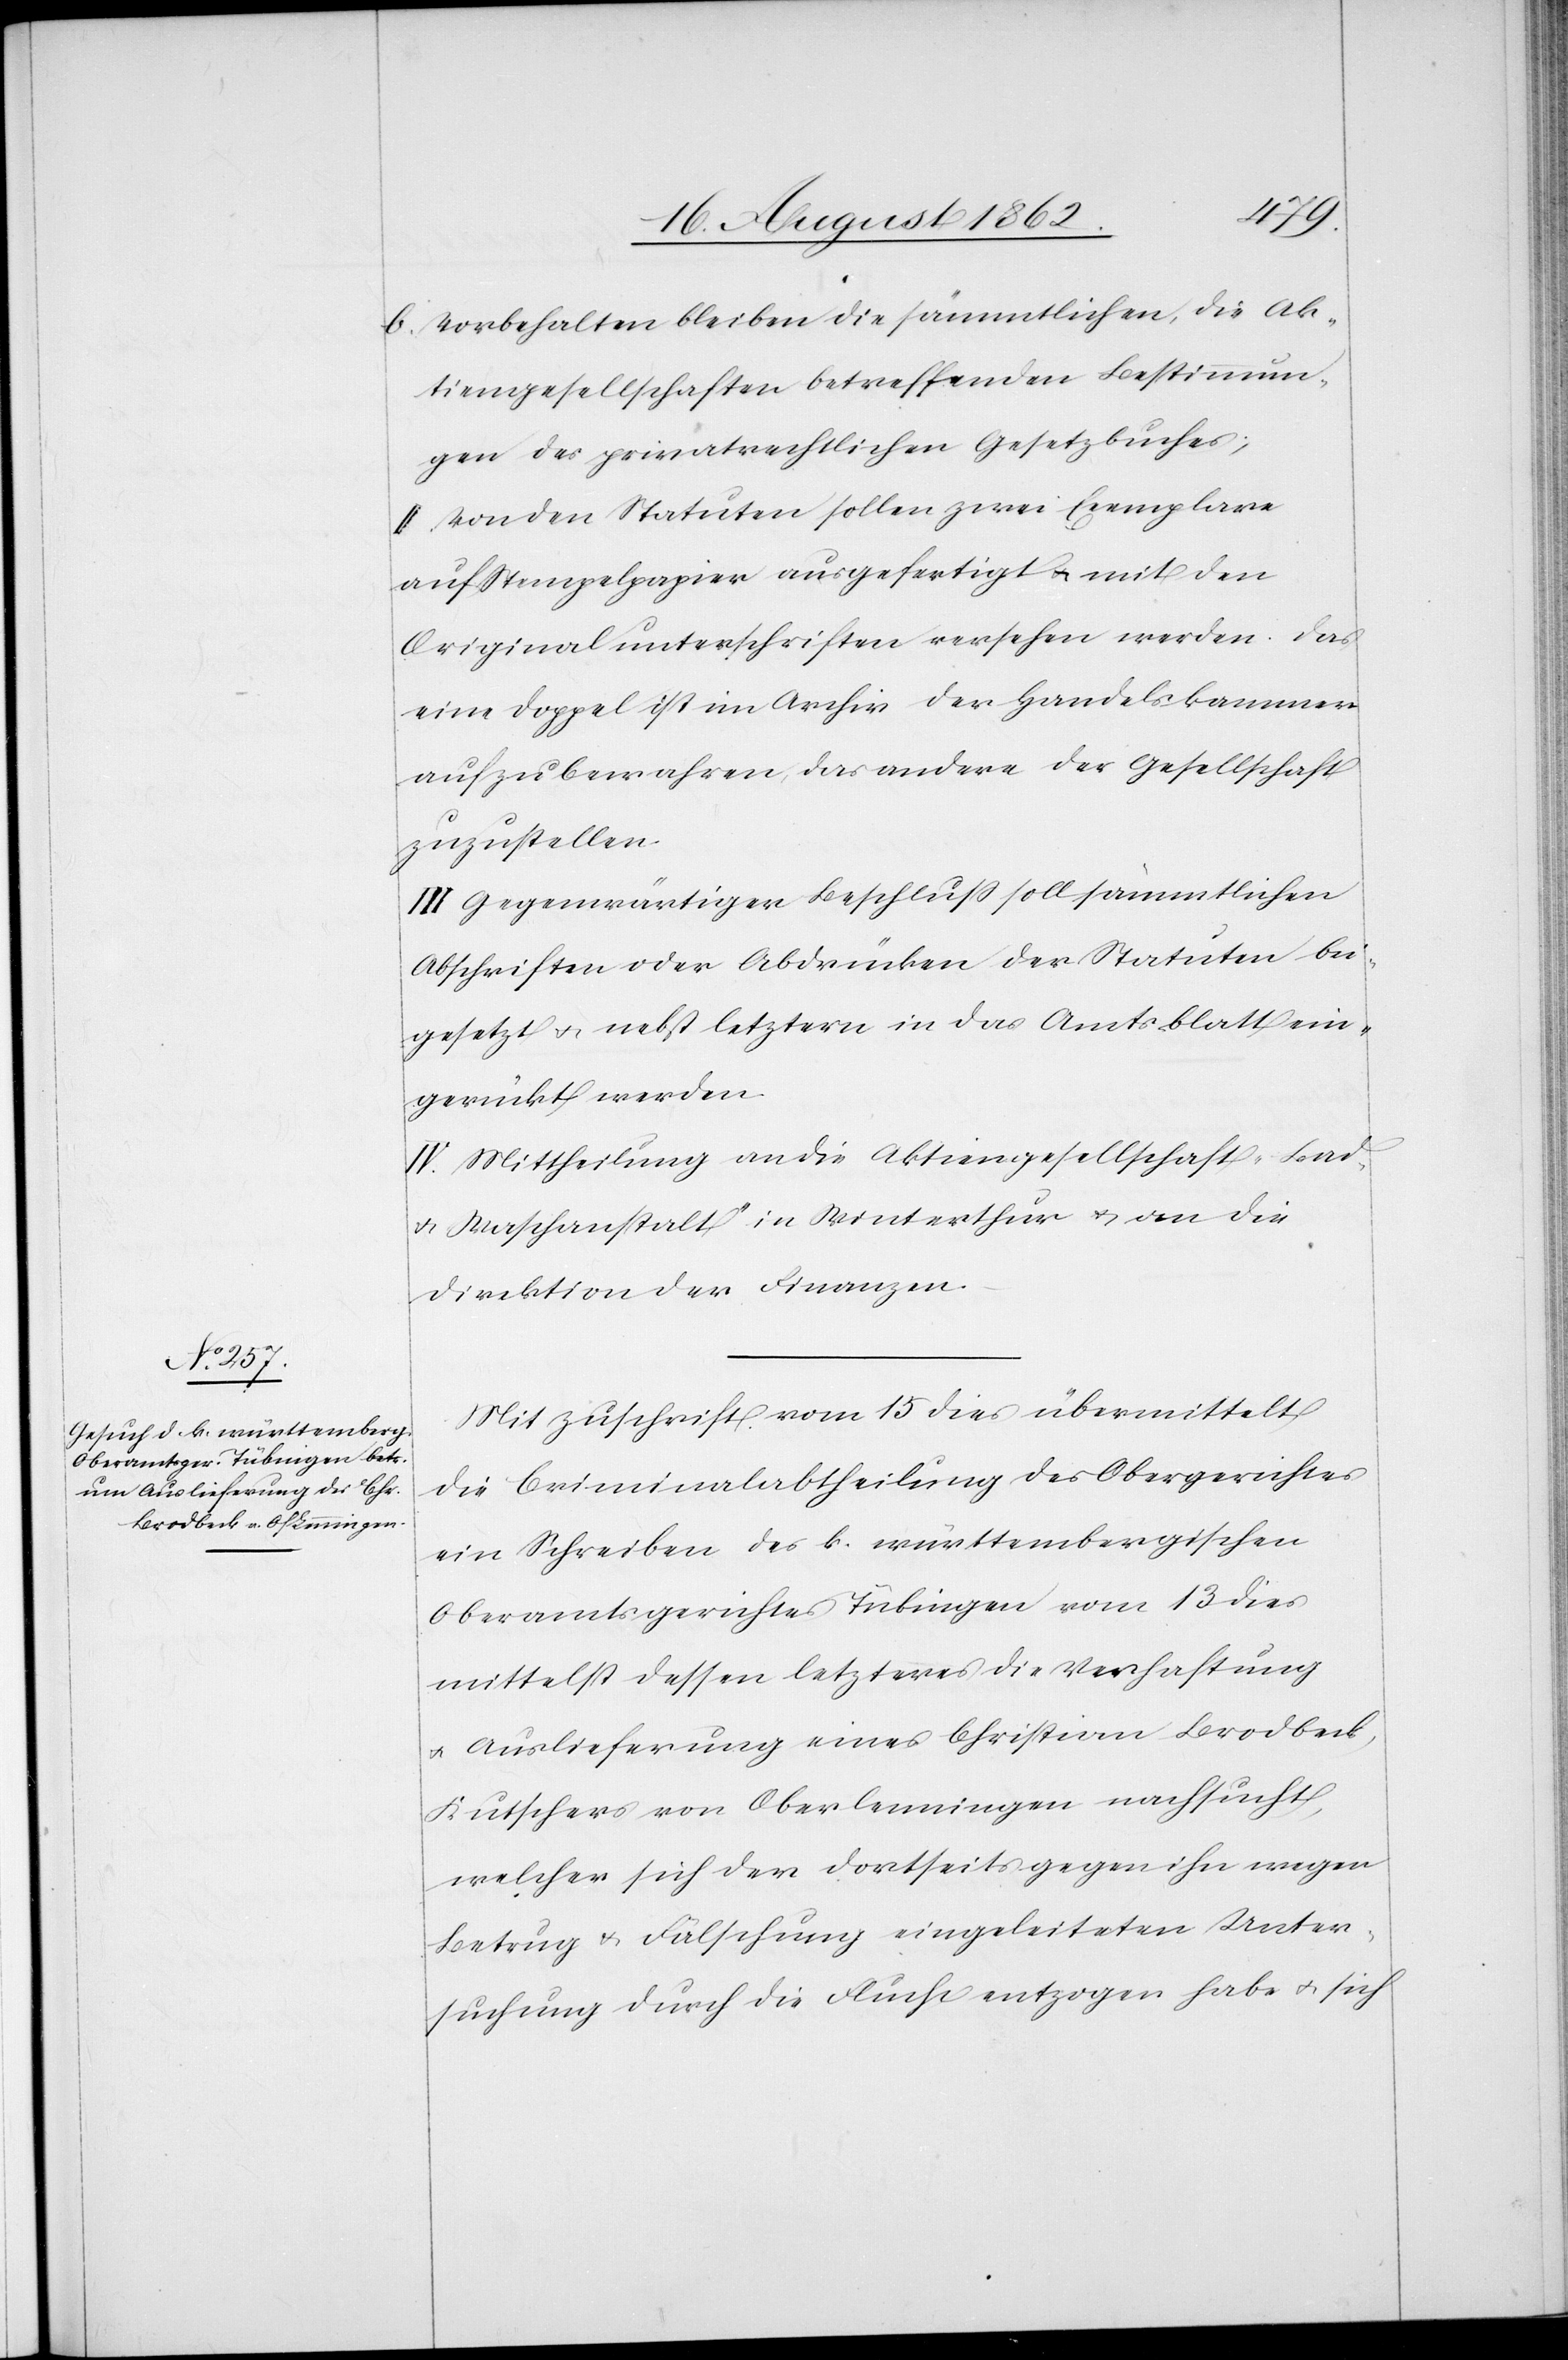
b. Vorbehalten bleiben die sämtlichen, die Ak¬
tiengesellschaften betreffenden Bestimmun¬
gen des privatrechtlichen Gesetzbuches;
II. Von den Statuten sollen zwei Exemplare
auf Stempelpapier ausgefertigt u. mit den
Originalunterschriften versehen werden. Das
eine Doppel ist im Archiv der Handelskammer
aufzubewahren, das andere der Gesellschaft
zuzustellen.
III. Gegenwärtiger Beschluß soll sämmtlichen
Abschriften oder Abdrücken der Statuten bei¬
gesetzt u. nebst letztern in das Amtsblatt ein¬
gerückt werden.
IV. Mittheilung an die Aktiengesellschaft „Bad-
u. Waschanstalt“ in Winterthur u. an die
Direktion der Finanzen.
Mit Zuschrift vom 15. dies übermittelt
die Criminalabtheilung des Obergerichtes
ein Schreiben des k. württembergischen
Oberamtsgerichtes Tübingen vom 13. dies
mittelst dessen letzteres die Verhaftung
u. Auslieferung eines Christian Brodbeck,
Kutschers von Oberlenningen nachsucht,
welcher sich der dortseits gegen ihn wegen
Betrug u. Fälschung eingeleiteten Unter¬
suchung durch die Flucht entzogen habe u. sich